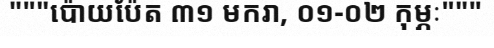
"""ប៉ោយប៉ែត ៣១ មករា, ០១-០២ កុម្ភៈ"""